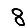
Digit: 8